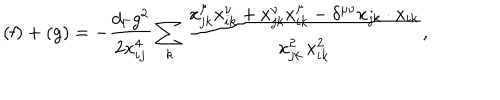
\mathrm { ( f ) } + \mathrm { ( g ) } = - \frac { d _ { \Gamma } g ^ { 2 } } { 2 x _ { i j } ^ { 4 } } \sum _ { k } \frac { x _ { j k } ^ { \mu } x _ { i k } ^ { \nu } + x _ { j k } ^ { \nu } x _ { i k } ^ { \mu } - \delta ^ { \mu \nu } x _ { j k } \cdot x _ { i k } } { x _ { j k } ^ { 2 } \, x _ { i k } ^ { 2 } } ,